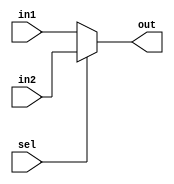
`timescale 1ns / 1ps

module mux5(                        // 60in11in2
    input [4: 0] in1, in2,
    input sel,
    
    output [4: 0] out
    );
    
    assign out = (sel == 1'b0) ? in1 : in2;
    
endmodule

module mux32(                       // 320in11in2
    input [31: 0] in1, in2,
    input sel,
    
    output [31: 0] out
    );
    
    assign out = (sel == 1'b0) ? in1 : in2;
    
endmodule